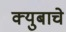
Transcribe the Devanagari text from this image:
क्युबाचे